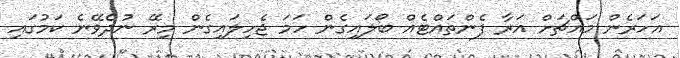
އަހަރެން މައްޗަށް އަރާ ފެންތައްޓެއް ބޯލައިގެން ހަމަ ޖެހިލައިގެން މިރޭ ނުދެވޭނެ ކަމުގައި